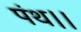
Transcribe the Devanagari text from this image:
पंथ।।